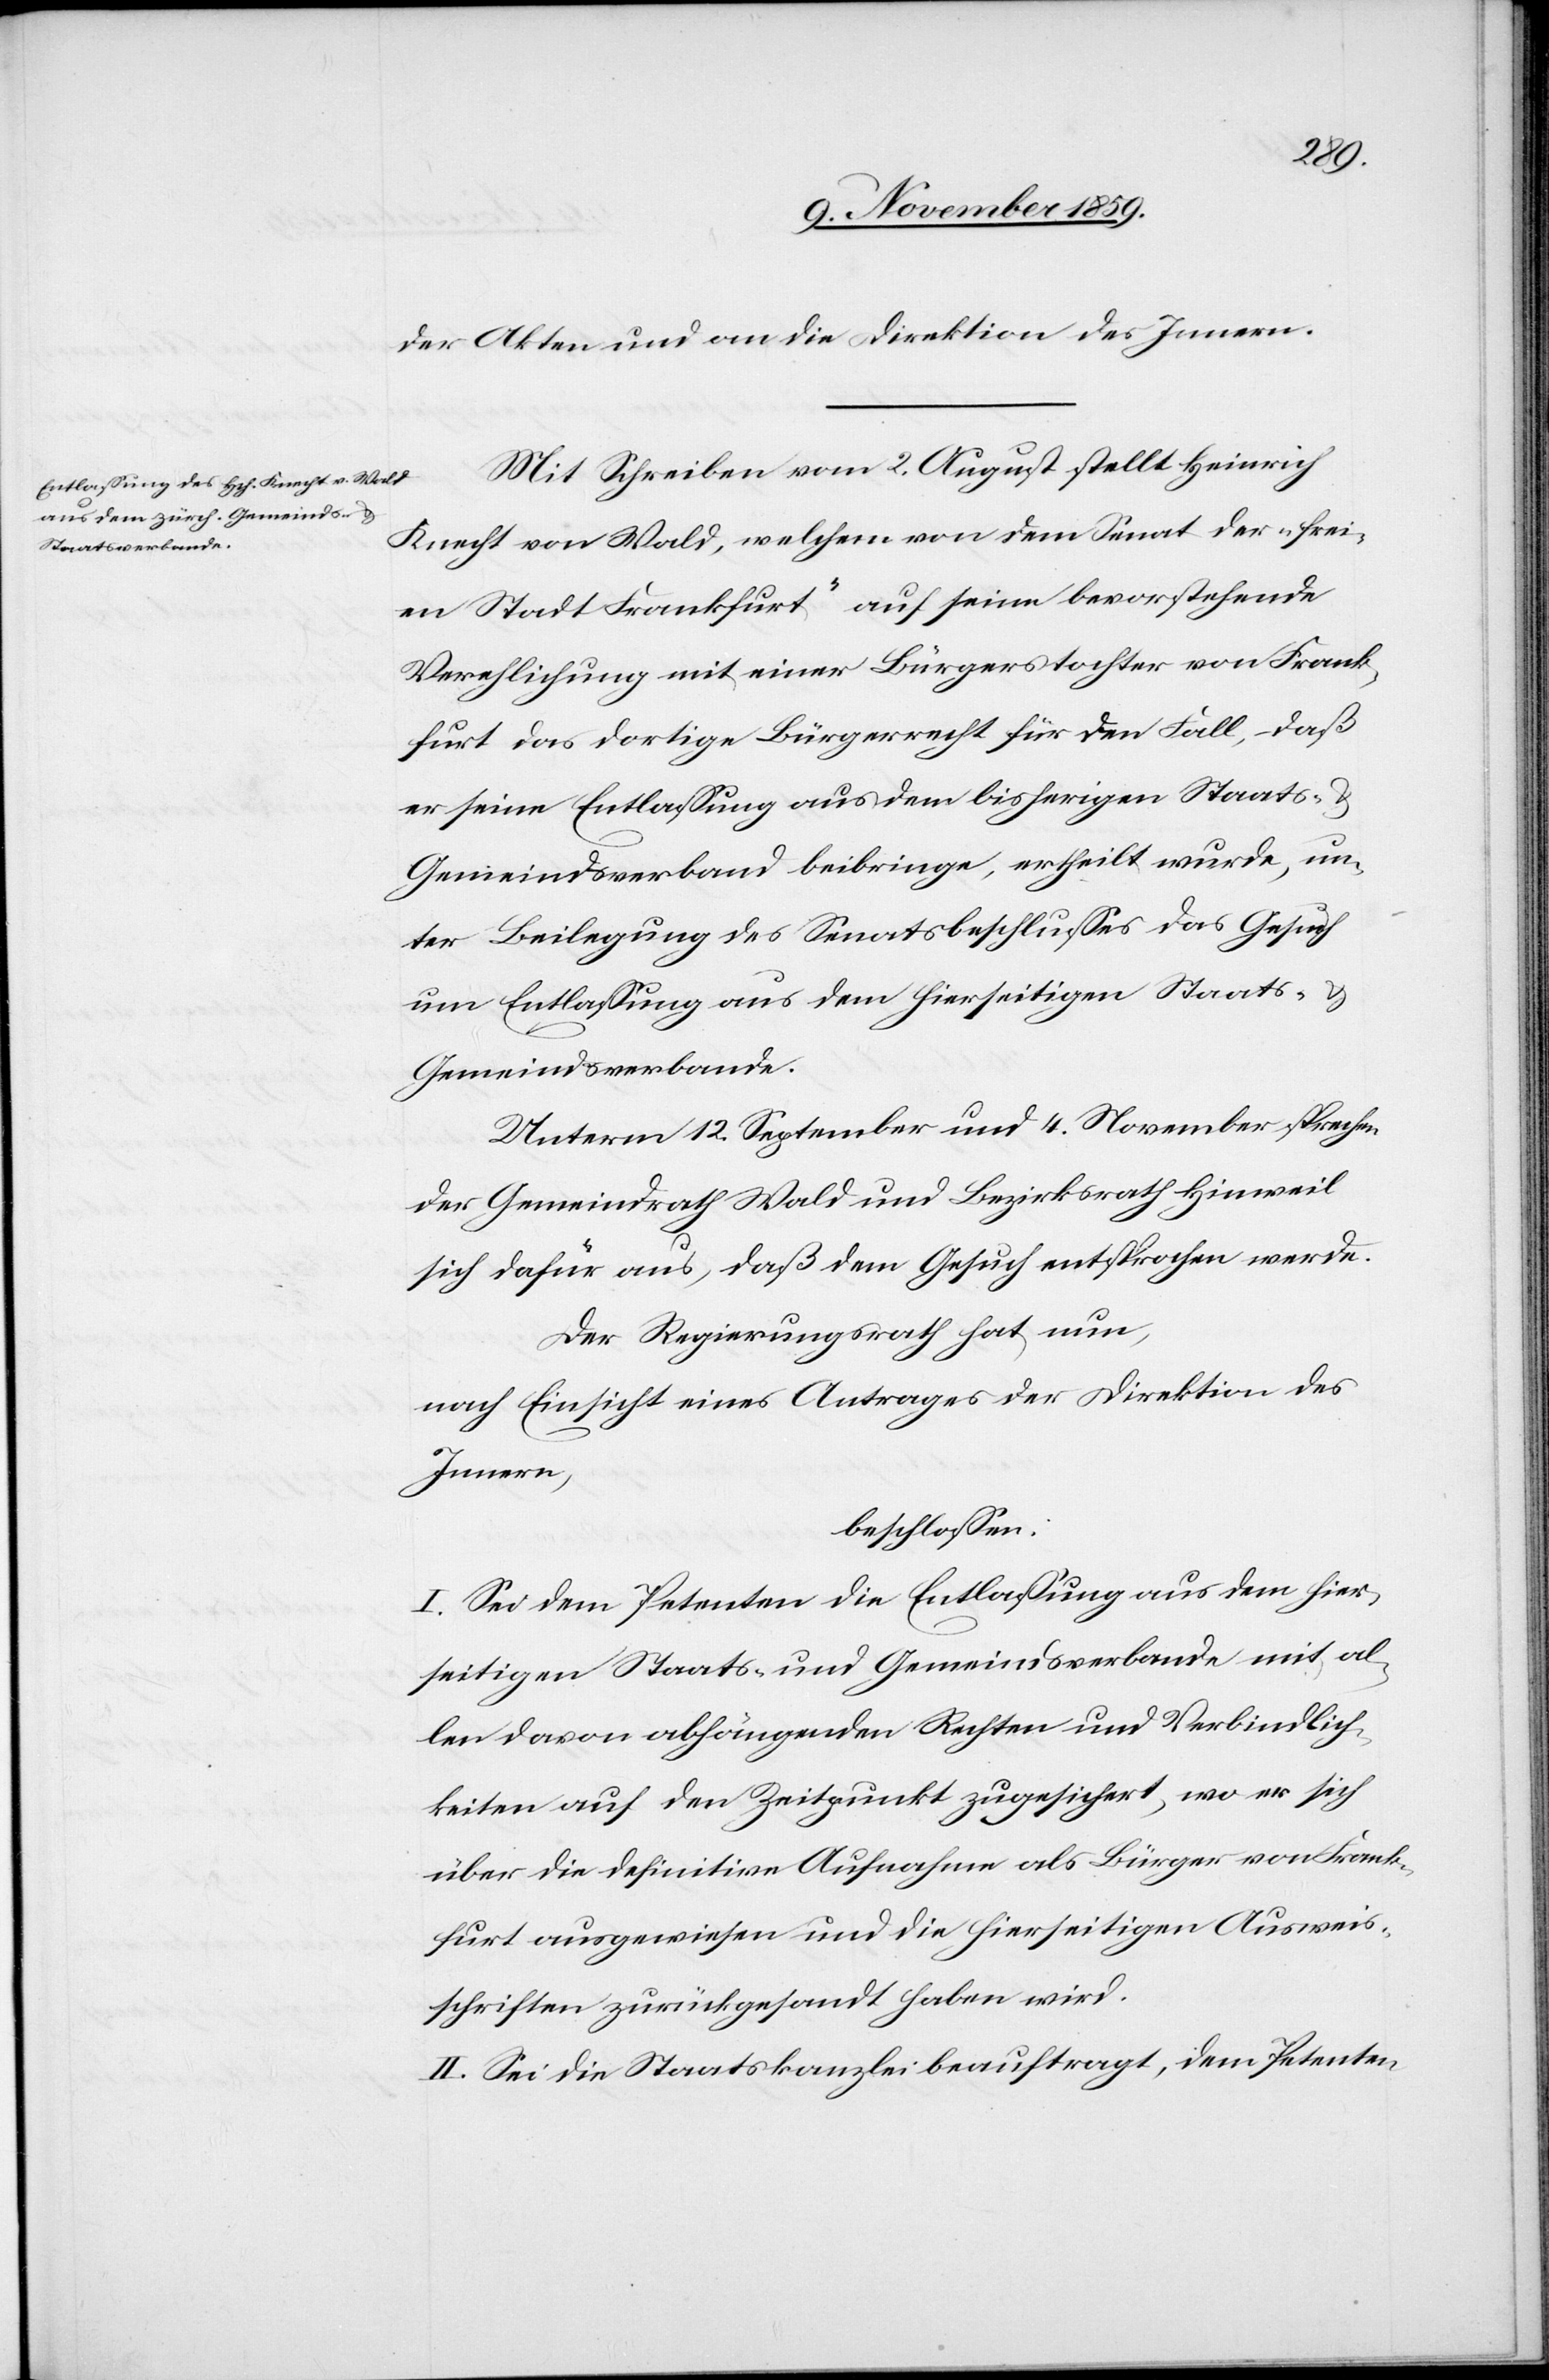
der Akten und an die Direktion des Innern.
Mit Schreiben vom 2. August stellt Heinrich
Knecht von Wald, welchem von dem Senat der „frei¬
en Stadt Frankfurt“ auf seine bevorstehende
Verehelichung mit einer Bürgerstochter von Frank¬
furt das dortige Bürgerrecht für den Fall, daß
er seine Entlassung aus dem bisherigen Staats-
Gemeindsverband beibringe, ertheilt wurde, un¬
ter Beilegung des Senatsbeschlusses das Gesuch
um Entlassung aus dem hierseitigen Staats- &
Gemeindsverbande.
Unterm 12. September und 4. November sprechen
der Gemeindrath Wald und Bezirksrath Hinweil
sich dafür aus, daß dem Gesuch entsprochen werde.
Der Regierungsrath hat nun,
nach Einsicht eines Antrages der Direktion des
Innern,
beschlossen:
I. Sei dem Petenten die Entlassung aus dem hier¬
seitigen Staats- und Gemeindsverbande mit al¬
len davon abhängenden Rechten und Verbindlich¬
keiten auf den Zeitpunkt zugesichert, wo er sich
über die definitive Aufnahme als Bürger von Frank¬
furt ausweisen und die hierseitigen Ausweis¬
schriften zurückgesandt haben wird.
II. Sei die Staatskanzlei beauftragt, dem Petenten